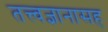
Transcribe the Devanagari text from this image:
तत्त्वज्ञानासह